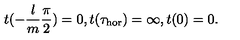
t ( - \frac { l } { m } \frac { \pi } { 2 } ) = 0 , t ( \tau _ { \mathrm { h o r } } ) = \infty , t ( 0 ) = 0 .